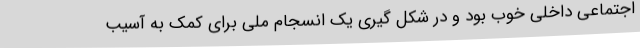
اجتماعی داخلی خوب بود و در شکل گیری یک انسجام ملی برای کمک به آسیب